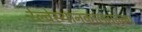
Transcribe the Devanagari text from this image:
रेल्वेस्थानकालगतच्या